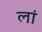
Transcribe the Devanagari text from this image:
लां